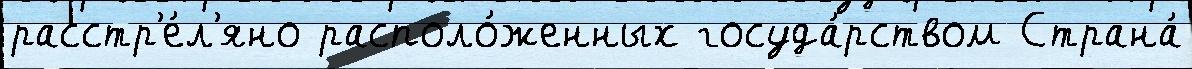
расстр'е́л'яно располо́женных госуда́рством Страна́